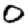
Digit: 0